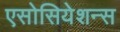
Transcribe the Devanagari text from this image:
एसोसियेशन्स